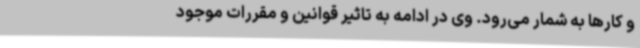
و کارها به شمار می‌رود. وی در ادامه به تاثیر قوانین و مقررات موجود